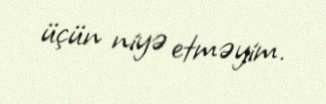
üçün niyə etməyim.